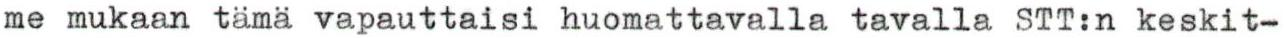
me mukaan tämä vapauttaisi huomattavalla tavalla STT:n keskit-